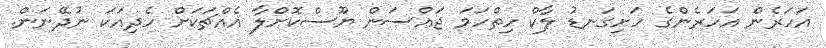
އަހަރެން އަހަރެންގެ ހަށިގަނޑު ލާކް ހިތްހަމަ ޖައްސަން ޔޫސްކޮށްލާ އެއްޗަކަށް ހެދިއަކަ ނުދޭނަން.